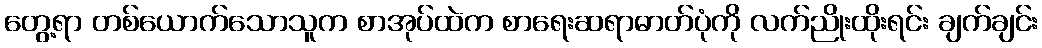
တွေ့ရာ တစ်ယောက်သောသူက စာအုပ်ထဲက စာရေးဆရာဓာတ်ပုံကို လက်ညိုးထိုးရင်း ချက်ချင်း